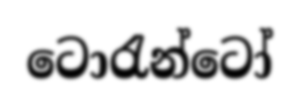
ටොරැන්ටෝ